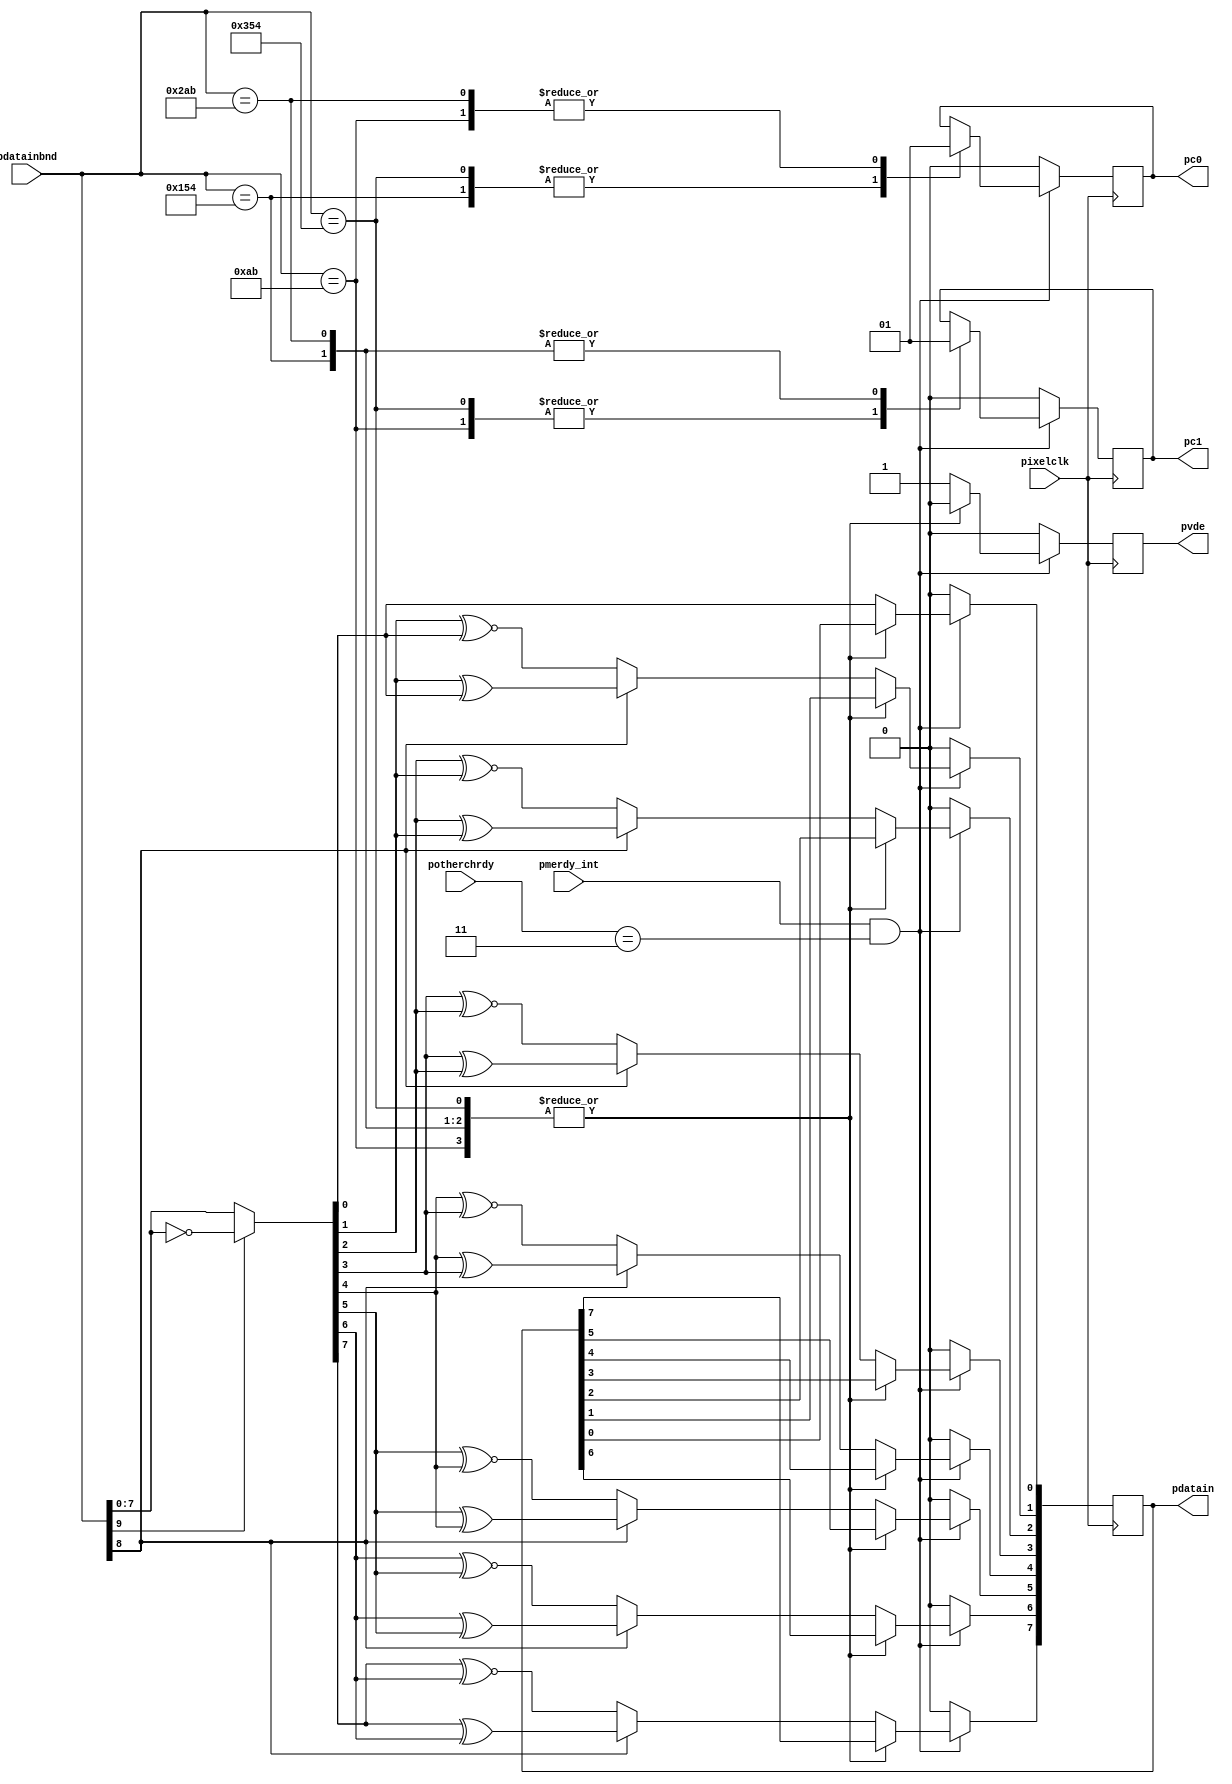
module decoder(
	input			pixelclk,
    input	[9:0]	pdatainbnd,
	input	[1:0]	potherchrdy,
	input			pmerdy_int,
	
	output			pc0,	
	output			pc1,	
	output			pvde,	
	output	[7:0]	pdatain	
    );

//parameter define 	
parameter CTRLTOKEN0 = 10'b1101010100;//
parameter CTRLTOKEN1 = 10'b0010101011;
parameter CTRLTOKEN2 = 10'b0101010100;
parameter CTRLTOKEN3 = 10'b1010101011;

//wire define 
wire	[7:0]	pdatain8b; 

//reg define 
reg	[7:0]	pdatain =0; 
reg			pc0 =0;	
reg			pc1 =0;	
reg			pvde=0;	

//*****************************************************
//**                    main code
//***************************************************** 

assign pdatain8b = (pdatainbnd[9]) ? ~pdatainbnd[7:0] : pdatainbnd[7:0];                
                                                                                          
always @ (posedge pixelclk) begin                                                       
    if(pmerdy_int && (potherchrdy == 2'b11)) begin                                        
        case (pdatainbnd)                                                                   
            CTRLTOKEN0: begin                                                                 
                pc0 <=#1 1'b0;                                                                  
                pc1 <=#1 1'b0;                                                                  
                pvde <=#1 1'b0;                                                                 
            end                                                                               
                                                                                              
            CTRLTOKEN1: begin                                                                 
                pc0 <=#1 1'b1;                                                                  
                pc1 <=#1 1'b0;                                                                  
                pvde <=#1 1'b0;                                                                 
            end                                                                               
                                                                                              
            CTRLTOKEN2: begin                                                                 
                pc0 <=#1 1'b0;                                                                  
                pc1 <=#1 1'b1;                                                                  
                pvde <=#1 1'b0;                                                                 
            end                                                                               
                                                                                              
            CTRLTOKEN3: begin                                                                 
                pc0 <=#1 1'b1;                                                                  
                pc1 <=#1 1'b1;                                                                  
                pvde <=#1 1'b0;                                                                 
            end                                                                               
                                                                                              
            default: begin                                                                    
                pdatain[0] <=#1 pdatain8b[0];                                                                               
                pdatain[1] <=#1 (pdatainbnd[8]) ? (pdatain8b[1] ^ pdatain8b[0]) : (pdatain8b[1] ~^ pdatain8b[0]);           
                pdatain[2] <=#1 (pdatainbnd[8]) ? (pdatain8b[2] ^ pdatain8b[1]) : (pdatain8b[2] ~^ pdatain8b[1]);           
                pdatain[3] <=#1 (pdatainbnd[8]) ? (pdatain8b[3] ^ pdatain8b[2]) : (pdatain8b[3] ~^ pdatain8b[2]);           
                pdatain[4] <=#1 (pdatainbnd[8]) ? (pdatain8b[4] ^ pdatain8b[3]) : (pdatain8b[4] ~^ pdatain8b[3]);           
                pdatain[5] <=#1 (pdatainbnd[8]) ? (pdatain8b[5] ^ pdatain8b[4]) : (pdatain8b[5] ~^ pdatain8b[4]);           
                pdatain[6] <=#1 (pdatainbnd[8]) ? (pdatain8b[6] ^ pdatain8b[5]) : (pdatain8b[6] ~^ pdatain8b[5]);           
                pdatain[7] <=#1 (pdatainbnd[8]) ? (pdatain8b[7] ^ pdatain8b[6]) : (pdatain8b[7] ~^ pdatain8b[6]);           
                                                                                             
                pvde <=#1 1'b1;                                                                
            end                                                                              
        endcase                                                                                                                                                                                      
    end 
    else begin                                                                       
        pc0 <= 1'b0;                                                                       
        pc1 <= 1'b0;                                                                       
        pvde <= 1'b0;
        pdatain <= 8'h0;
    end
end	

endmodule